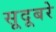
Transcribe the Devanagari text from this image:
सूदूबरे